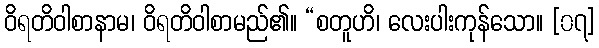
ဝိရတိဝါစာနာမ၊ ဝိရတိဝါစာမည်၏။ “စတူဟိ၊ လေးပါးကုန်သော။ [၀၇]